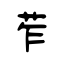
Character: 苲